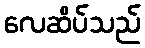
လေဆိပ်သည်